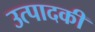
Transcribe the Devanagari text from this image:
उत्पादकी